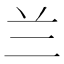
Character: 兰